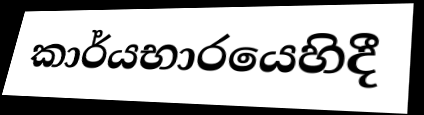
කාර්යභාරයෙහිදී